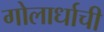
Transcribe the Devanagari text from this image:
गोलार्धाची